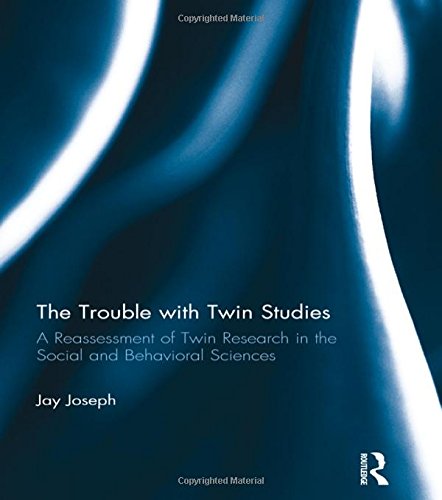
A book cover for The Trouble with Twin Studies: A Reassessment of Twin Research in the Social and Behavioral Sciences; Jay Joseph; Parenting & Relationships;